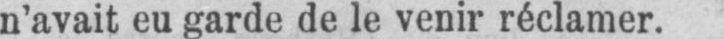
n’avait eu garde de le venir réclamer.